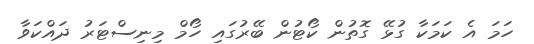
ހަމަ އެ ކަމަކާ ގުޅޭ ގޮތުން ކޯޓުން ބޭރުގައި ހޯމް މިނިސްޓަރު ދައްކަވާ